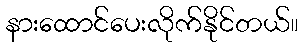
နားထောင်ပေးလိုက်နိုင်တယ်။